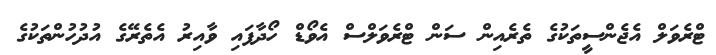
ޓްރެވަލް އެޖެންސީތަކުގެ ތެރެއިން ސަން ޓްރެވަލްސް އެވޯޑް ހޯދާފައި ވާއިރު އެތެރޭގެ އުދުހުންތަކުގެ